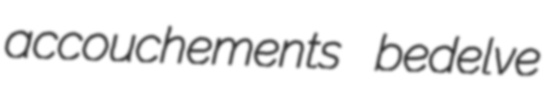
accouchements bedelve